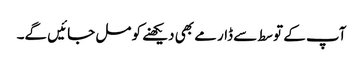
آپ کے توسط سے ڈارمے بھی دیکھنے کو مل جائیں گے۔